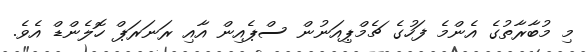
މި މުބާރާތުގެ އެންމެ ފަހުގެ ޗެމްޕިއަނުން ސްޕެއިން އާއި ރަނަރަޕް ހޮލެންޑް އެވެ.